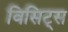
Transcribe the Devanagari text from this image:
विसिट्स